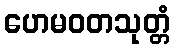
ဟေမဝတသုတ္တံ